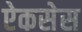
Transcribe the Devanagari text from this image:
ऐकसेस